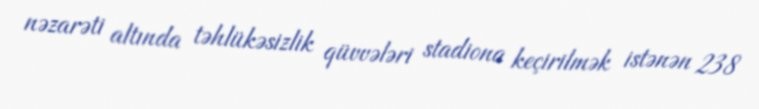
nəzarəti altında təhlükəsizlik qüvvələri stadiona keçirilmək istənən 238